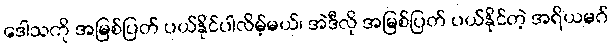
ဒေါသကို အမြစ်ပြတ် ပယ်နိုင်ပါလိမ့်မယ်၊ အဲဒီလို အမြစ်ပြတ် ပယ်နိုင်တဲ့ အရိယမဂ်